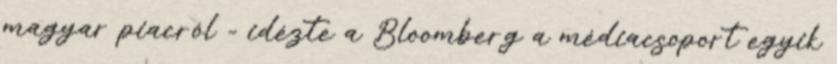
magyar piacról - idézte a Bloomberg a médiacsoport egyik